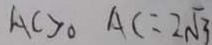
A C > 0 A C = 2 \sqrt { 3 }